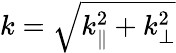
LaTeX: k=\sqrt{k_{\parallel}^{2}+k_{\perp}^{2}}